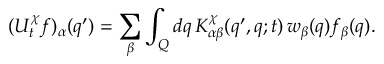
( U _ { t } ^ { \chi } f ) _ { \alpha } ( q ^ { \prime } ) = \sum _ { \beta } \int _ { Q } d q \, K _ { \alpha \beta } ^ { \chi } ( q ^ { \prime } , q ; t ) \, w _ { \beta } ( q ) f _ { \beta } ( q ) .